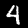
Digit: 4